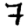
Digit: 7